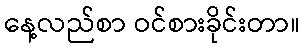
နေ့လည်စာ ဝင်စားခိုင်းတာ။